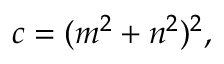
c = ( m ^ { 2 } + n ^ { 2 } ) ^ { 2 } ,